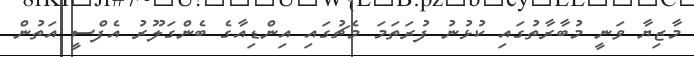
މާޒިޔާ ވަނީ މުބާރާތުގައި ކުޅުނު ފުރަތަމަ މެޗުގައި އިންޑިއާގެ ބެންގަލޫރު އެފްސީ އަތުން